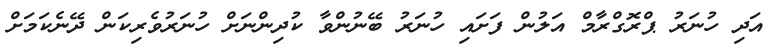
އަދި ހުނަރު ޕްރޮގްރާމް އަލުން ފަށައި ހުނަރު ބޭނުންވާ ކުދިންނަށް ހުނަރުވެރިކަން ދޭނެކަމަށް